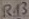
Text: R13